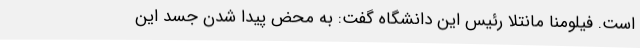
است. فیلومنا مانتلا رئیس این دانشگاه گفت: به محض پیدا شدن جسد این